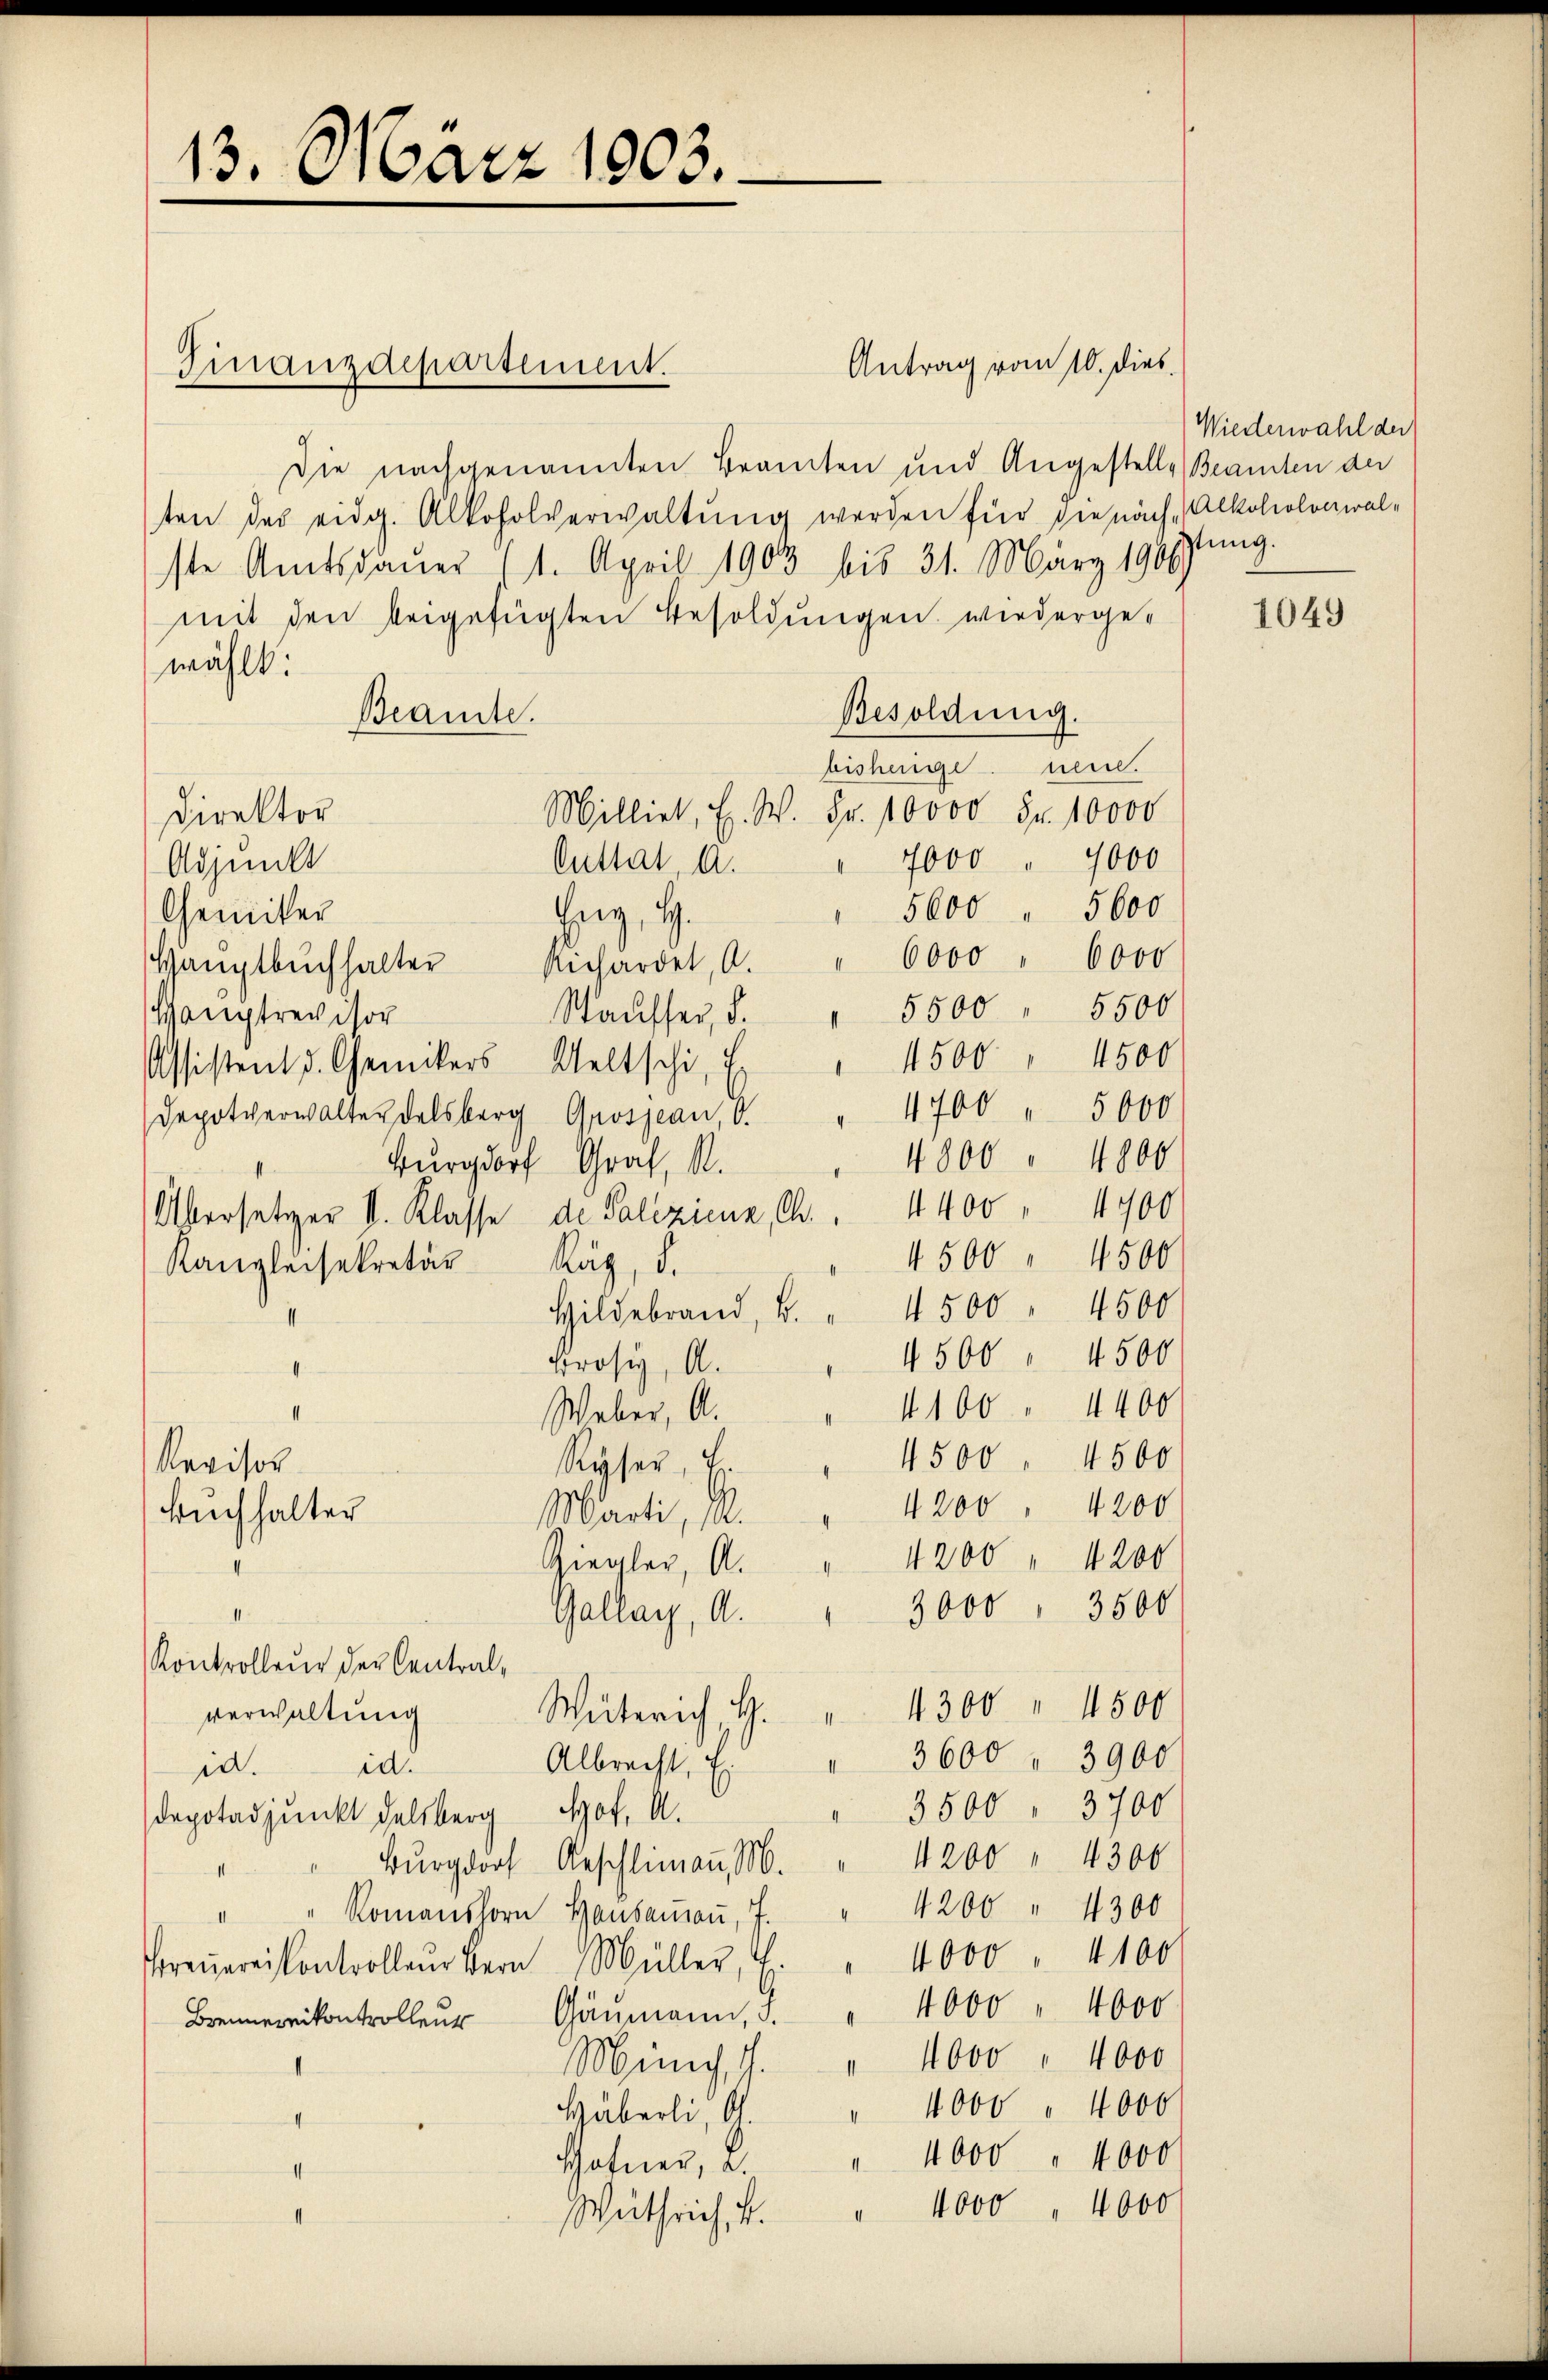
13. März 1903.

Finanzdepartement.
Die nachgenannten Beamten und Angestelle Beamten der
ten des eidg. Alkoholverwaltŭng werden für die nach Alkoliolonial-
ste Amtsdauer 1. April 1903 bis 31. März 1906
mit den beigefügten Besoldungen, wiederge-
wählt:
Besoldung.
Beamte.
bishenge neu.
Milliet, H. W. Fr. 10000 Fr. 10000
Direktor
" 7000 " 1000
Adjunkt
Cuttat, d.
5600 " 5600
Heig, H.
Chemiker
Hauptbŭchhalter Richardet, A. " 6000 " 6000
5500 " 5500
Wausser, d.
Hauptrevisor
4500
Assistent d. Chemikers Weltschi, E
4700 " 5000
Depotverwalter Delsberg Grosjean, d.
4800 " 1800
Burgdorf Graf, A.
Übersetzer V. Klasse de Paliziena, Chr. . 4400 " 4700
4500 " 4500
Kanzleisekretär Räz, d.
Hildebrand, u. " 4500 " 4500
4500 " 4500
Prosig, A.
4
4100 " 4400
1
Weber, A.
Ryser, Er
Revisor
Buchhalter
Marti, M.
Ziegler, A.
3000 " 3500
Gallay, A.
Kontrolleur der Central,
4300 " 1500
verwaltung
Waterich, H.
Albrecht. E. " 3600 " 3900
d.d.
 3500 " 3700
Dapotadjunkt delsberg Hof, A.
4200 " 4300
"Burgdorf Geschlimann, M.
1
4200 " 4300
" " Romanshorn Handaṁaṅ, J.
4000 " 4100
Preŭereisantroller Bern Müller, E.
4000 " 4000
Brennernikontrolleur Gaumann, d.
Münch, J. " 11000 " 4000
4000 " 4000
Häberli, G.
Hhofner, a. " 4000 " 4000
Wüthrich, 4. " 1000 " 4000

Antrag vom 10. dies

4500
4500. 4500
4200 " 4200
1200 " 1200

Wiederwahl der
stung.

1049